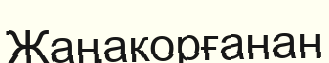
Жаңакорғанан